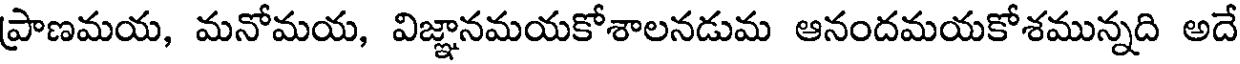
ప్రాణమయ, మనోమయ, విజ్ఞానమయకోశాలనడుమ ఆనందమయకోశమున్నది అదే